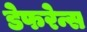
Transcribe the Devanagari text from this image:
डेफरेन्स